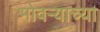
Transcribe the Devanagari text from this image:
भोवर्‍याच्या